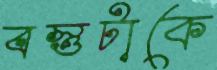
বস্তুটাকে